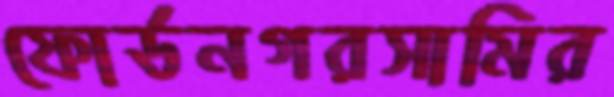
ফোর্ডনগরসামির